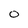
Character: o